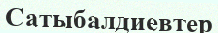
Сатыбалдиевтер